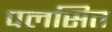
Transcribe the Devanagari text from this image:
पलसित